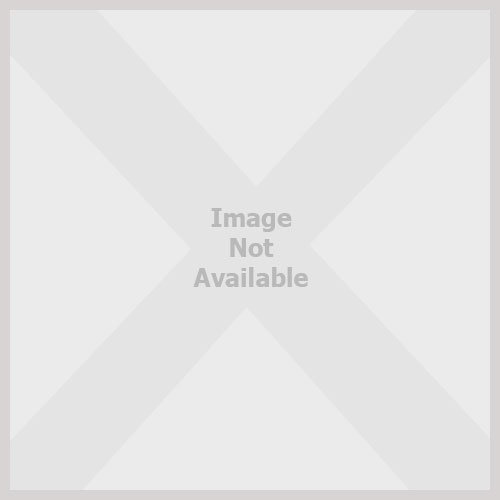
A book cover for Guide Book Touring Lviv, Ukraine (Guidebook); Ihor Liljo; Travel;